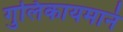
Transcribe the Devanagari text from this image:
गुलिकायमानं